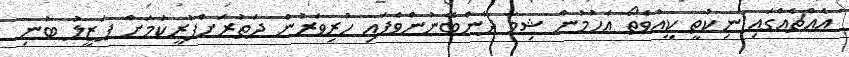
އެއްޗެއްގައި ނިކުތީ ކީއްވެތޯ އެހުމުން ޝިމާ ދާންބޭނުންވެފައި ހުރިވަރުން ދަތުރަށްފުރީކަމަށް ފަޒީލު ބުނި